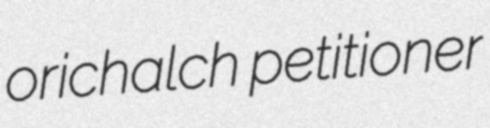
orichalch petitioner